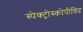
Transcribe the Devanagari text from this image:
स्पेक्ट्रोस्कोपीविद